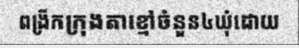
ពង្រីកក្រុងតាខ្មៅចំនួន៤ឃុំដោយ